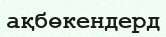
ақбөкендерд